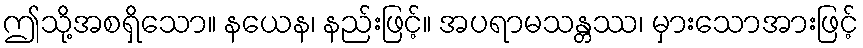
ဤသို့အစရှိသော။ နယေန၊ နည်းဖြင့်။ အပရာမသန္တဿ၊ မှားသောအားဖြင့်